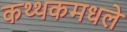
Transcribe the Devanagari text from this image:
कथ्थकमधले